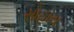
સોહાય